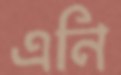
এনি